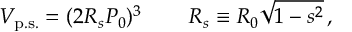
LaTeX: V _ { \mathrm { p . s . } } = ( 2 R _ { s } P _ { 0 } ) ^ { 3 } \, \qquad R _ { s } \equiv R _ { 0 } \sqrt { 1 - s ^ { 2 } } \, ,